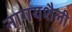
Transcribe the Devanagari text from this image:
नागयशैली